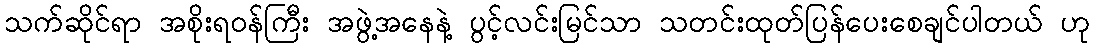
သက်ဆိုင်ရာ အစိုးရဝန်ကြီး အဖွဲ့အနေနဲ့ ပွင့်လင်းမြင်သာ သတင်းထုတ်ပြန်ပေးစေချင်ပါတယ် ဟု